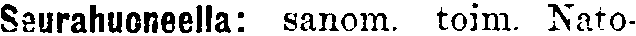
Seurahuoneella: sanom. toim. Nato-